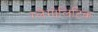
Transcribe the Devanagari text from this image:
ग्लैगोलिटिक